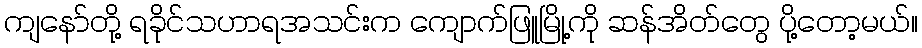
ကျနော်တို့ ရခိုင်သဟာရအသင်းက ကျောက်ဖြူမြို့ကို ဆန်အိတ်တွေ ပို့တော့မယ်။